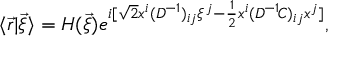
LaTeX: \langle \vec { r } | \vec { \xi } \rangle = H ( \vec { \xi } ) e ^ { i [ \sqrt { 2 } x ^ { i } ( D ^ { \! - 1 } ) _ { i j } \xi ^ { j } - \frac { 1 } { 2 } x ^ { i } ( D ^ { \! - 1 } \! C ) _ { i j } x ^ { j } ] } ,